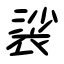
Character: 裟